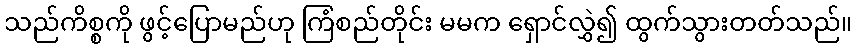
သည်ကိစ္စကို ဖွင့်ပြောမည်ဟု ကြံစည်တိုင်း မမက ရှောင်လွှဲ၍ ထွက်သွားတတ်သည်။